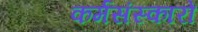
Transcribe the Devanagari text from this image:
कर्मसंस्कारों